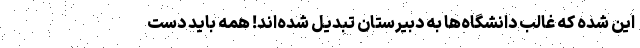
این شده که غالب دانشگاه‌ها به دبیرستان تبدیل شده‌اند! همه باید دست